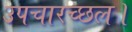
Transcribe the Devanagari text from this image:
उपचारच्छल।